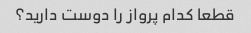
قطعا کدام پرواز را دوست دارید؟